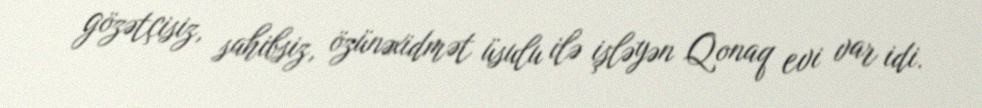
gözətçisiz, sahibsiz, özünəxidmət üsulu ilə işləyən Qonaq evi var idi.